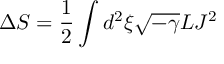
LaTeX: \Delta S = \frac { 1 } { 2 } \int d ^ { 2 } \xi \sqrt { - \gamma } L J ^ { 2 }